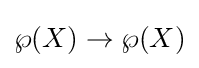
\wp (X)\to \wp (X)